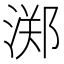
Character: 𱧛